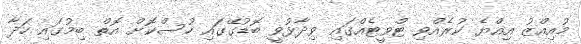
މުއިއްޒު އިއްޔެ ކުރެއްވި ޓްވީޓެއްގައި ވިދާޅުވީ ބޮޑުގޭގައި ހުސްކޮށް އޮތް ބިމުގައި ހަދާ